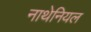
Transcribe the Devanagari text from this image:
नाथेनियल